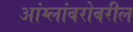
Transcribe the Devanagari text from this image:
आंग्लांबरोबरील